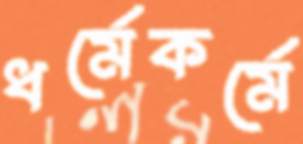
ধর্মেকর্মে